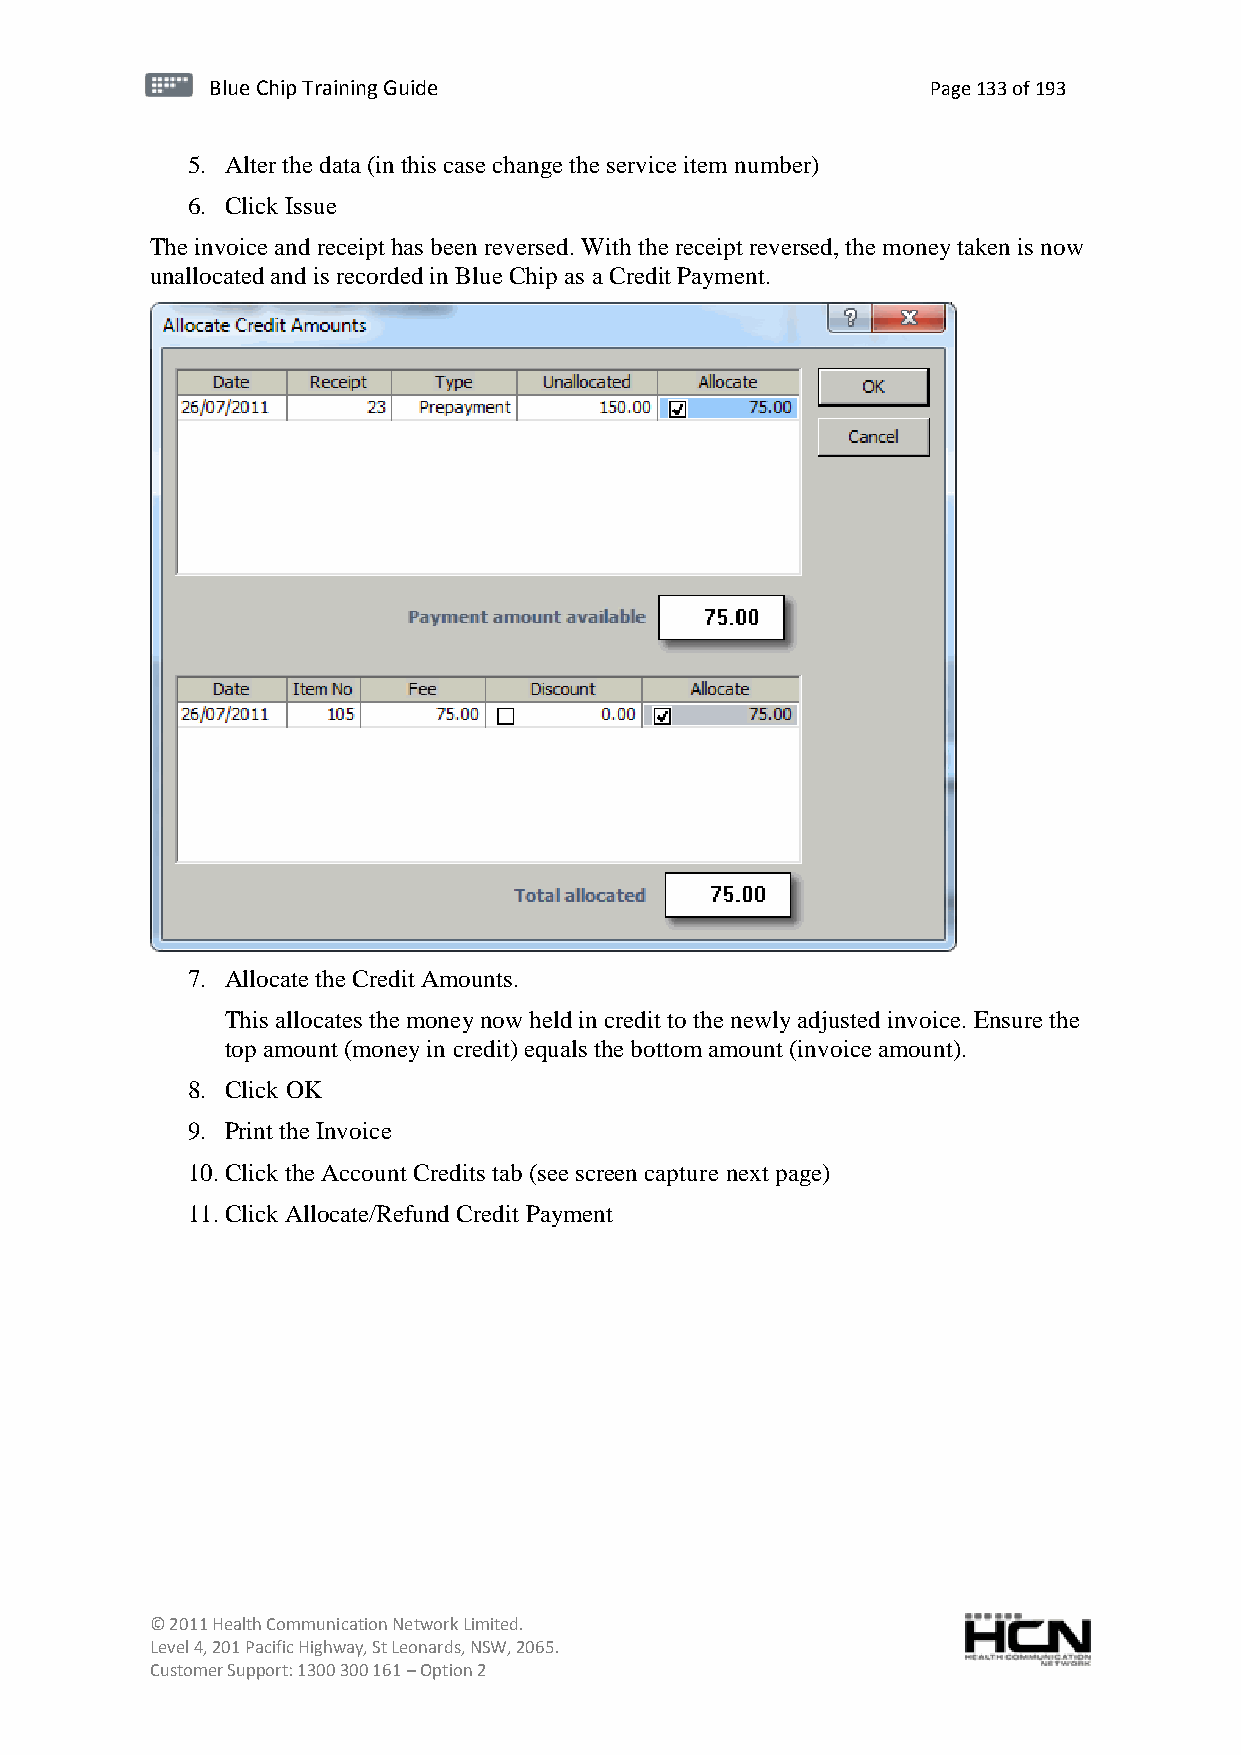
BBlluuee C Chihpi pTr Tairnainingi Gnugi dGeu ide Page 133 of 193
 5. Alter the data (in this case change the service item number)
 6. Click Issue
 The invoice and receipt has been reversed. With the receipt reversed, the money taken is now
 unallocated and is recorded in Blue Chip as a Credit Payment.
 7. Allocate the Credit Amounts.
 This allocates the money now held in credit to the newly adjusted invoice. Ensure the
 top amount (money in credit) equals the bottom amount (invoice amount).
 8. Click OK
 9. Print the Invoice
 10. Click the Account Credits tab (see screen capture next page)
 11. Click Allocate/Refund Credit Payment
 © 2011 Health Communication Network Limited.
 Level 4, 201 Pacific Highway, St Leonards, NSW, 2065.
 Customer Support: 1300 300 161 – Option 2